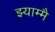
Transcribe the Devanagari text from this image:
झ्याम्मै